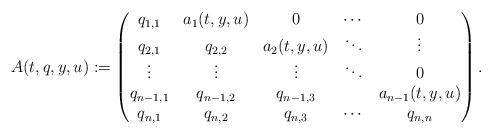
LaTeX: \begin{align*}A(t,q,y,u):=\left(\begin{matrix}q_{1,1} & a_{1}(t,y,u) & 0 & \cdots & 0 \\q_{2,1} & q_{2,2} & a_{2}(t,y,u) & \ddots & \vdots \\\vdots & \vdots & \vdots & \ddots & 0 \\q_{n-1,1} & q_{n-1,2} & q_{n-1,3} & & a_{n-1}(t,y,u) \\q_{n,1} & q_{n,2} & q_{n,3} & \cdots & q_{n,n} \end{matrix}\right). \end{align*}